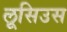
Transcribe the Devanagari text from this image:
लूसिउस